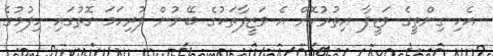
އެކި ގިންތީގެ ވަޒީފާ އިތުރުކޮށް އެ ވަޒީފާތަކުގެ ބޭނުން ފުރިހަމަ ގޮތުގައި ހިފުމުގެ